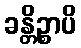
ခန္တိဉ္စာပိ